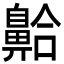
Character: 䶎